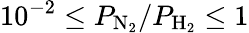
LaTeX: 10^{-2}\le P_{\mathrm{N_{2}}}/P_{\mathrm{H_{2}}}\le 1